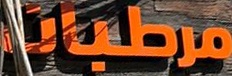
مرطبات